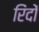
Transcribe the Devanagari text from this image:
रिंदों